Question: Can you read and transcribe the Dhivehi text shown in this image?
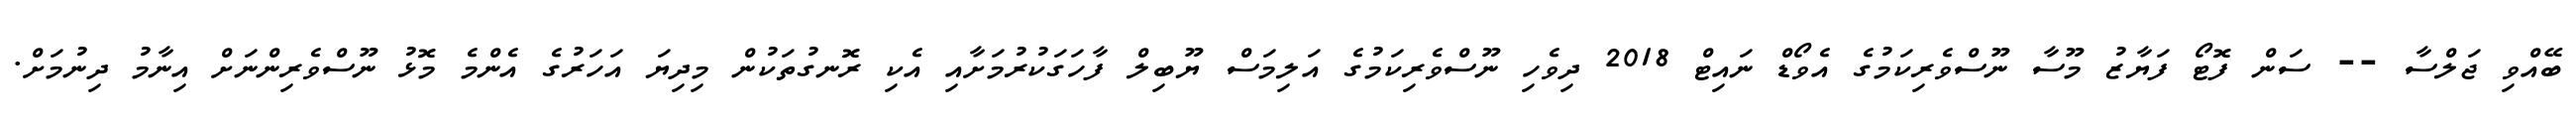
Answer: ބޭއްވި ޖަލްސާ -- ސަން ފޮޓޯ ފަޔާޒު މޫސާ ނޫސްވެރިކަމުގެ އެވޯޑް ނައިޓް 2018 ދިވެހި ނޫސްވެރިކަމުގެ އަލިމަސް ޔޫބިލް ފާހަގަކުރުމަށާއި އެކި ރޮނގުތަކުން މިދިޔަ އަހަރުގެ އެންމެ މޮޅު ނޫސްވެރިންނަށް އިނާމު ދިނުމަށް.